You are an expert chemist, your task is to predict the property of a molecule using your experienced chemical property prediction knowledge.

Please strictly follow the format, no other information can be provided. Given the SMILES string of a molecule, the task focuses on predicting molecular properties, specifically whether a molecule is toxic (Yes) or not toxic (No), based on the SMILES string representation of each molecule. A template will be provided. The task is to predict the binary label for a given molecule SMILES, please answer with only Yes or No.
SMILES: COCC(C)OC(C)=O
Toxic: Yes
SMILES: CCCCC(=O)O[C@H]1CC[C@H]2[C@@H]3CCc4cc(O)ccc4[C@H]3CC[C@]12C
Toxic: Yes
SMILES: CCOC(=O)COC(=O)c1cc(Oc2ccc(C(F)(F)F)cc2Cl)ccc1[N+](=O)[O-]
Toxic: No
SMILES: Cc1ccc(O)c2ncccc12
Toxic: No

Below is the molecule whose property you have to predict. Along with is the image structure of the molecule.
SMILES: C[Hg]Cl
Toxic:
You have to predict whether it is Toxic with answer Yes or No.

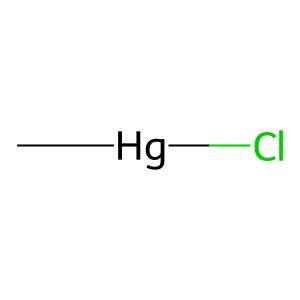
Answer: No